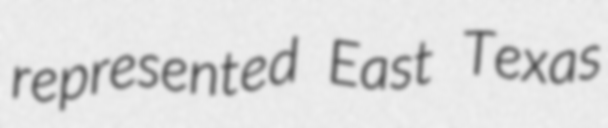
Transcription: represented East Texas